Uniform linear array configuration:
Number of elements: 16
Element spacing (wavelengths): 0.75
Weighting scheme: uniform
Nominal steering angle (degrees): -45
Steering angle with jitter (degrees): -43.75
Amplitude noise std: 0.05
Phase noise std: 0.05

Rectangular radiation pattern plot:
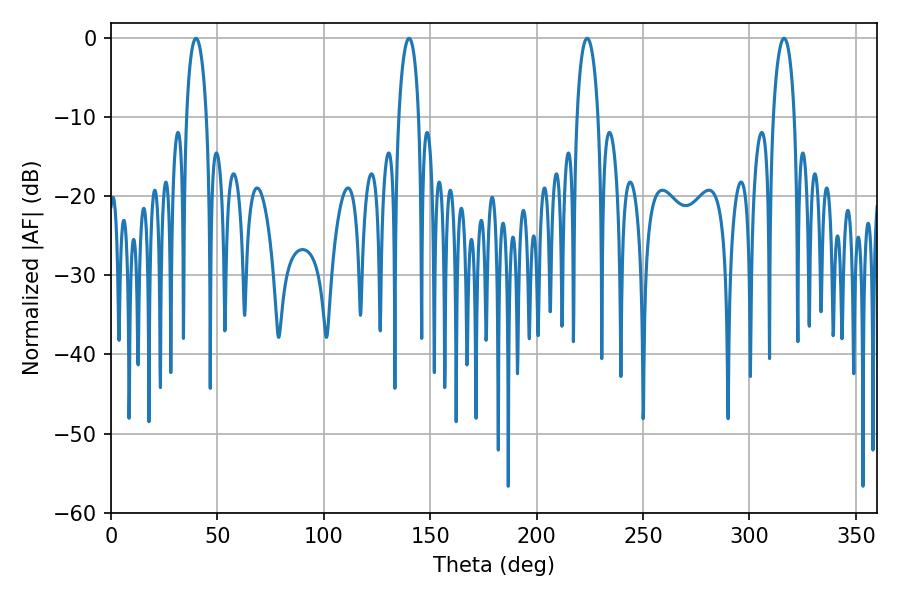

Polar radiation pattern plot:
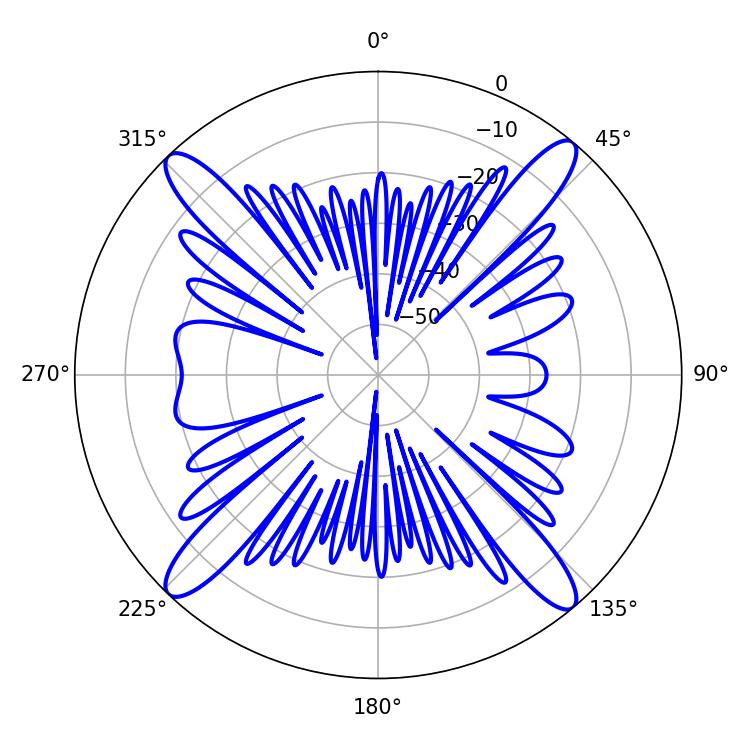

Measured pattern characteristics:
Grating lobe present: TRUE
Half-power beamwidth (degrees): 5.76
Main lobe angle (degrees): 223.74